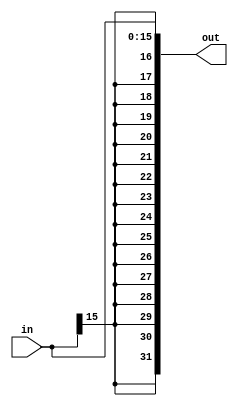
`timescale 1ns / 1ps
//////////////////////////////////////////////////////////////////////////////////
// Company: 
// Engineer: 
// 
// Design Name: 
// Module Name: sign_ext
// Project Name: 
// Target Devices: 
// Tool Versions: 
// Description: 
// 
// Dependencies: 
// 
// Revision:
// Revision 0.01 - File Created
// Additional Comments:
// 
//////////////////////////////////////////////////////////////////////////////////
module sign_ext(input[15:0]in,output[31:0]out);
assign out={{16{in[15]}},in};
endmodule